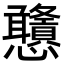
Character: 𢦀